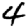
Digit: 4